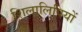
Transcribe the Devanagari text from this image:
शिलालिपियों